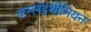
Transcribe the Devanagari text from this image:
क्स्लेइथीनियन